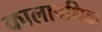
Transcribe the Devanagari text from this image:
कालावधिक